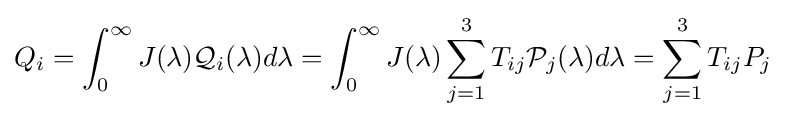
Q_{i}=\int _{0}^{\infty }J(\lambda ){\mathcal {Q}}_{i}(\lambda )d\lambda =\int _{0}^{\infty }J(\lambda )\sum _{j=1}^{3}T_{ij}{\mathcal {P}}_{j}(\lambda )d\lambda =\sum _{j=1}^{3}T_{ij}P_{j}